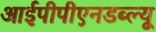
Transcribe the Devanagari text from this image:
आईपीपीएनडब्ल्यू